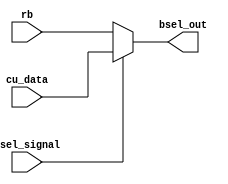
/*
   This file was generated automatically by the Mojo IDE version B1.3.6.
   Do not edit this file directly. Instead edit the original Lucid source.
   This is a temporary file and any changes made to it will be destroyed.
*/

module bsel_54 (
    input bsel_signal,
    input [15:0] rb,
    input [15:0] cu_data,
    output reg [15:0] bsel_out
  );
  
  
  
  always @* begin
    if (bsel_signal) begin
      bsel_out = cu_data;
    end else begin
      bsel_out = rb;
    end
  end
endmodule